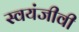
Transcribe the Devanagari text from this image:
स्वयंजीवी